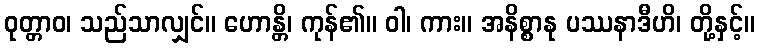
ဝုတ္တာဝ၊ သည်သာလျှင်။ ဟောန္တိ၊ ကုန်၏။ ဝါ၊ ကား။ အနိစ္စာနု ပဿနာဒီဟိ၊ တို့နှင့်။